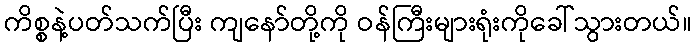
ကိစ္စနဲ့ပတ်သက်ပြီး ကျနော်တို့ကို ဝန်ကြီးများရုံးကိုခေါ်သွားတယ်။